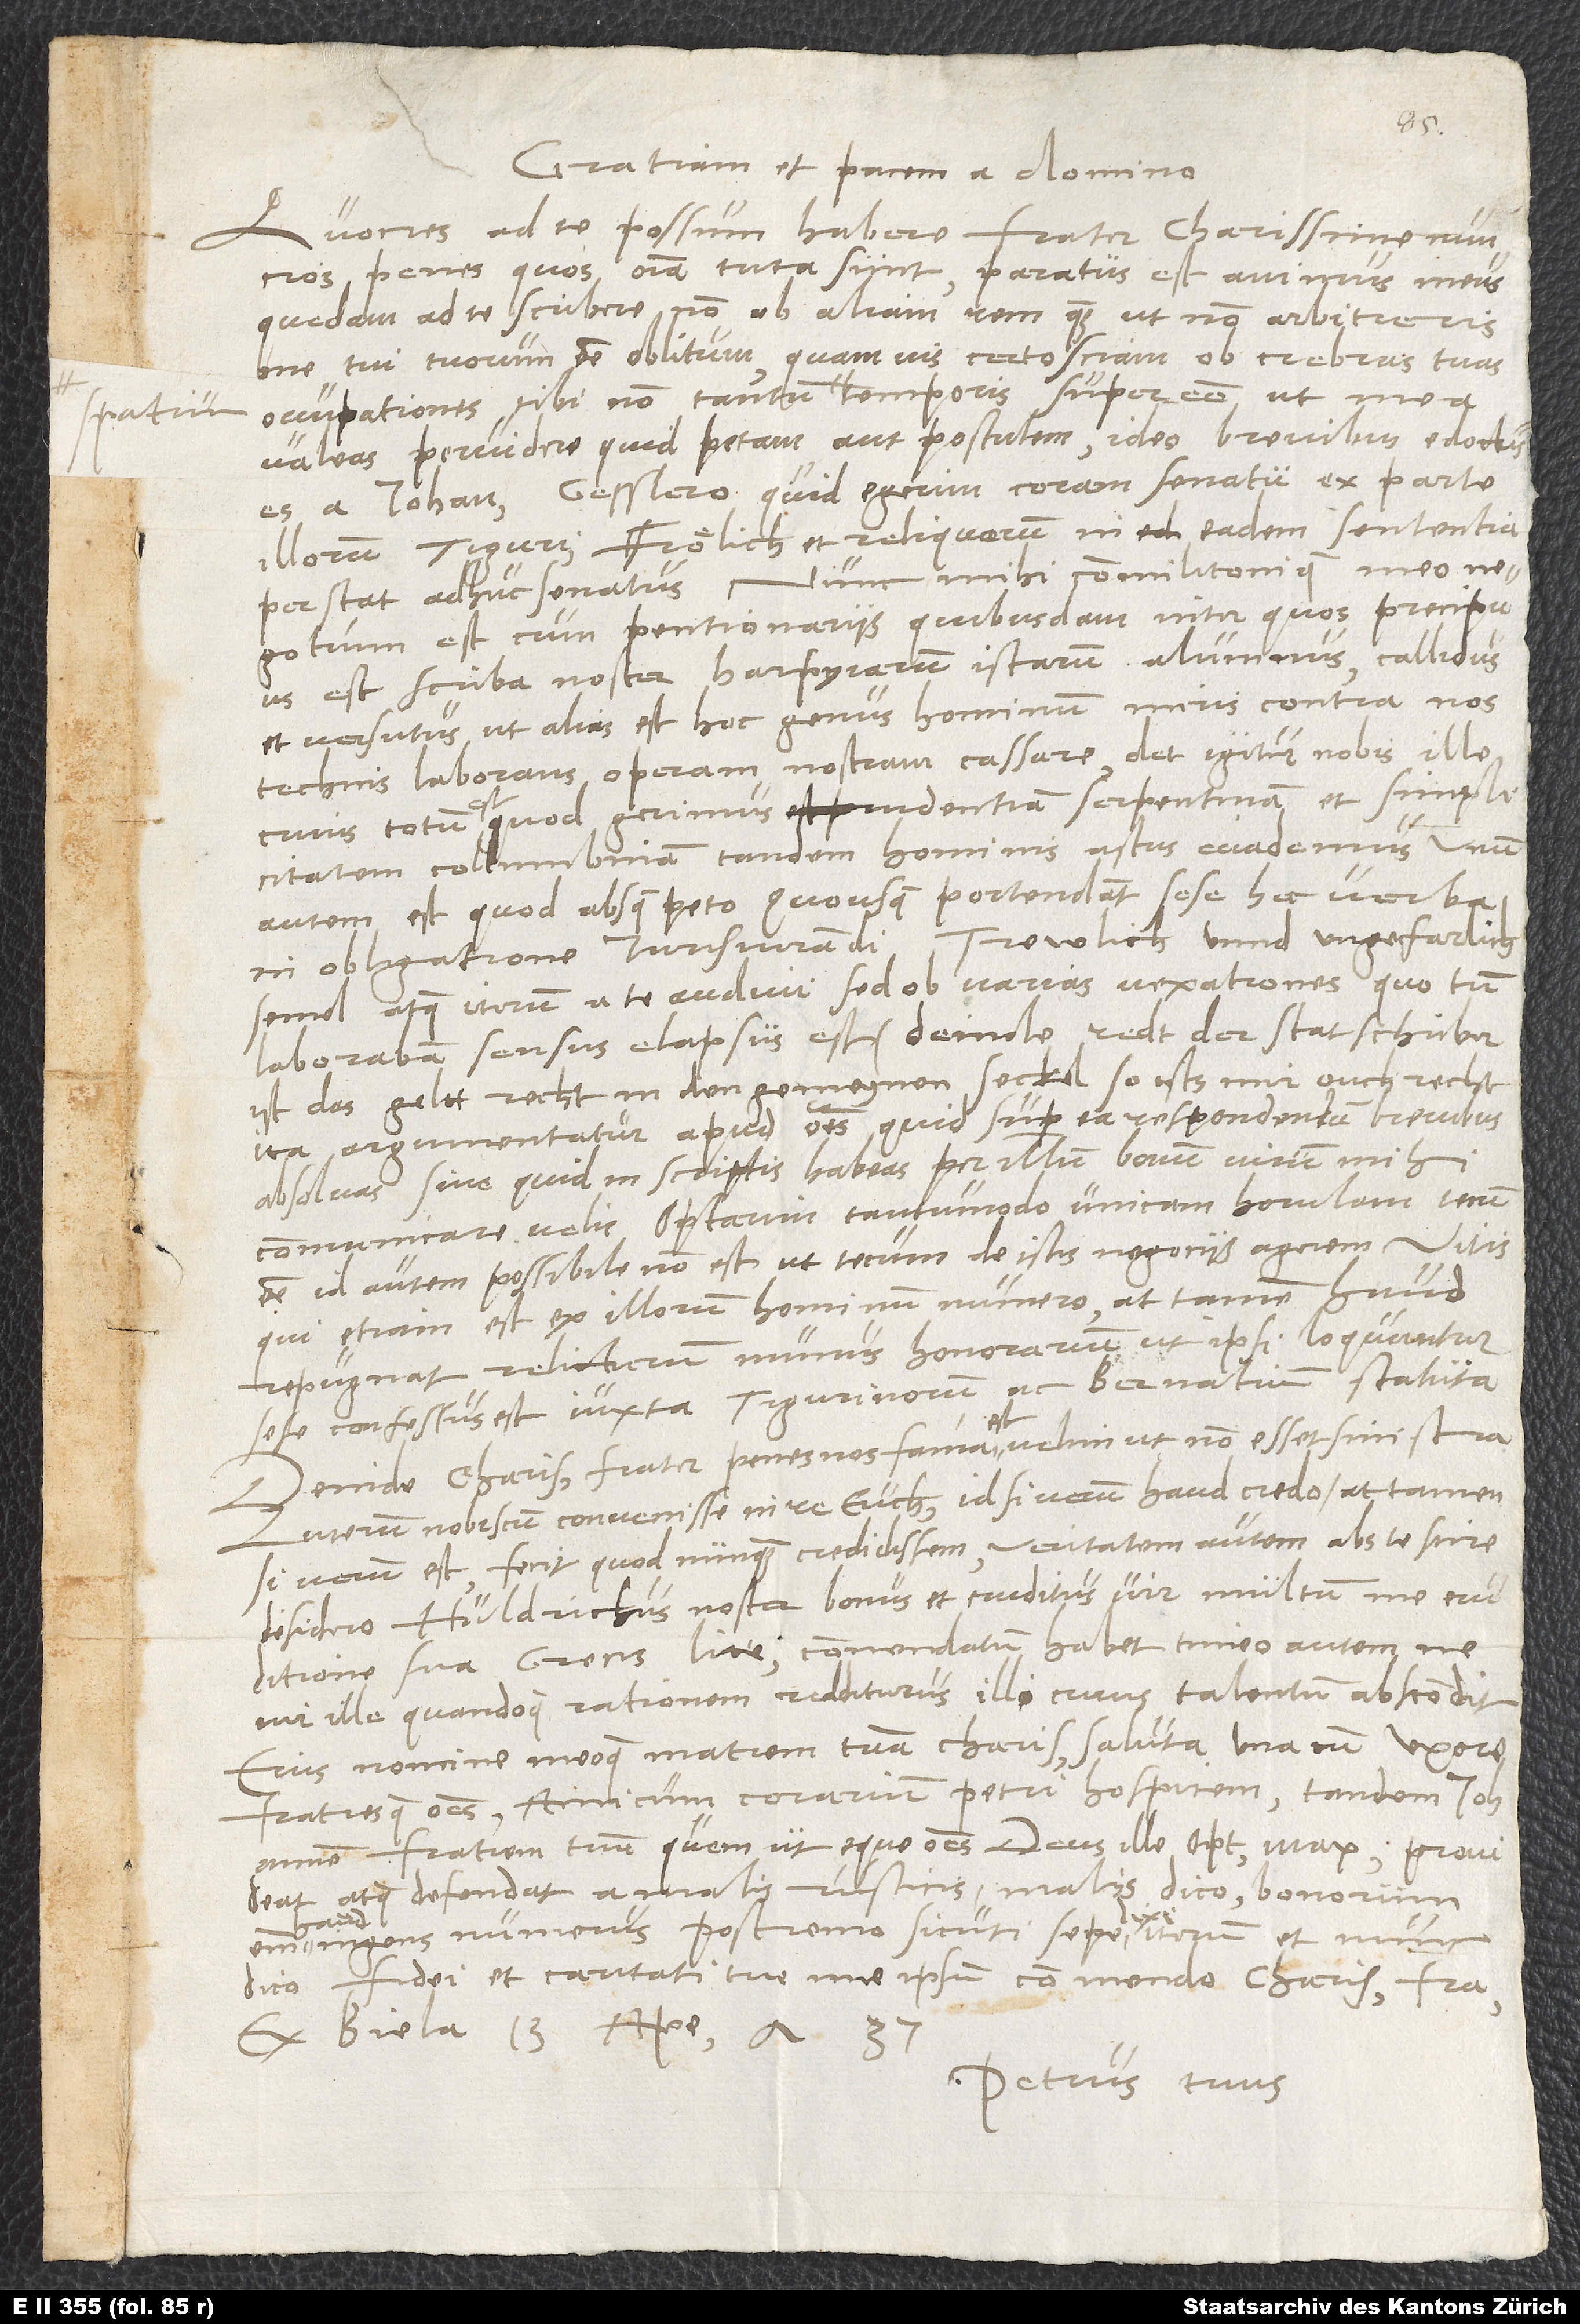
Gratiam et pacem a domino.
Quoties ad te possum habere, frater charissime, nuncios,
penes quos omnia tuta sunt, paratus est animus meus
quedam ad te scribere, non ob aliam rem quam ut non arbitreris
me tui tuorumque esse oblitum, quamvis certo sciam ob crebras tuas
valeas pervidere, quid petam aut postulem. Ideo brevibus edoctus
es a Iohanne Gesslero, quid egerim coram senatu ex parte
illorum Tigurinorum Frölich et reliquorum. In eadem sententia
perstat adhuc senatus. Nunc mihi commilitonique meo
negotium est cum pentionariis quibusdam, inter quos precipuus
est scriba noster, Harpyiarum istarum alumnus, callidus
et versutus, ut alias est hoc genus hominum, miris contra nos
technis laborans operam nostram cessare. Det igitur nobis ille,
cuius totum est, quod gerimus, prudentiam serpentinam et simplicitatem
collumbinam; tandem hominis astus evademus. Unum
autem est, quod absque te peto, quousque portendant sese hec verba
in obligatione iurisiurandi: "trewlich unnd ungefärlich."
Semel atque iterum a te audivi, sed ob varias vexationes, quo tum
laborabam, sensus elapsus est. Deinde redt der statschriber:
"Ist das geltt recht in den gemeynen seckel, so ists mir ouch recht."
Ita argumentatur apud omnes. Quid super ea respondendum, brevibus
absolvas, sive quid in scriptis habeas, per illum bonum virum mihi
communicare velis. Optarim tantummodo unicam horulam tecum
esse. Id autem possibile non est, ut tecum de istis negociis agerem. Vitis,
qui etiam est ex illorum hominum numero, attamen haud
repugnat, relicturum munus honorarium, ut ipsi loquuntur,
sese confessus est iuxta Tigurinorum ac Bernatium statuta.
Deinde, charissime frater, penes nos fama est, velim ut non esset sinistra
Luterum nobiscum convenisse in re eucharistiae. Id si verum, haud credo, attamen,
si verum est, fecit, quod nunquam credidissem; veritatem autem abs te scire
desidero. Huldrichus noster, bonus et eruditus vir, multum me
eruditione sua Grecis literis commendatum habet. Timeo autem, ne
vir ille quandoque rationem redditurus illi, cuius talentum abscondit.
Eius nomine meoque matrem tuam charissimam saluta una cum uxore,
fratresque omnes, amicum corarium, Petri hospitem; tandem Iohannem,
fratrem tuum, quem ut eque omnes deus ille optimus maximus provideat
atque defendat a malis rusticis, malis dico; bonorum
ingens numerus. Postremo, sicuti sepe dixi, verum et nunc
dico, fidei et caritati tue me ipsum commendo, charissime frater.
Ex Biela, 13. aperilis anno 37.
Petrus tuus.